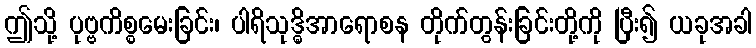
ဤသို့ ပုဗ္ဗကိစ္စမေးခြင်း၊ ပါရိသုဒ္ဓိအာရောစန တိုက်တွန်းခြင်းတို့ကို ပြီး၍ ယခုအခါ